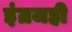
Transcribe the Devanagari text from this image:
इंग्रजही